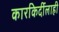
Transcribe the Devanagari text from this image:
कारकिर्दीलाही